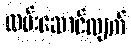
ထမ်းဆောင်လျက်